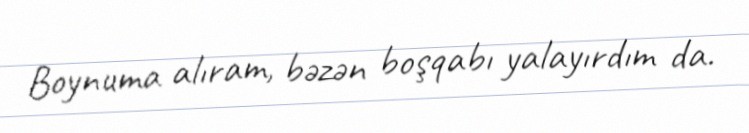
Boynuma alıram, bəzən boşqabı yalayırdım da.